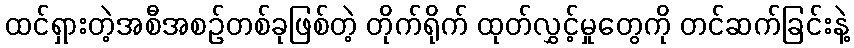
ထင်ရှားတဲ့အစီအစဉ်တစ်ခုဖြစ်တဲ့ တိုက်ရိုက် ထုတ်လွှင့်မှုတွေကို တင်ဆက်ခြင်းနဲ့